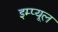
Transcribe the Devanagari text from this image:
इम्प्यूल